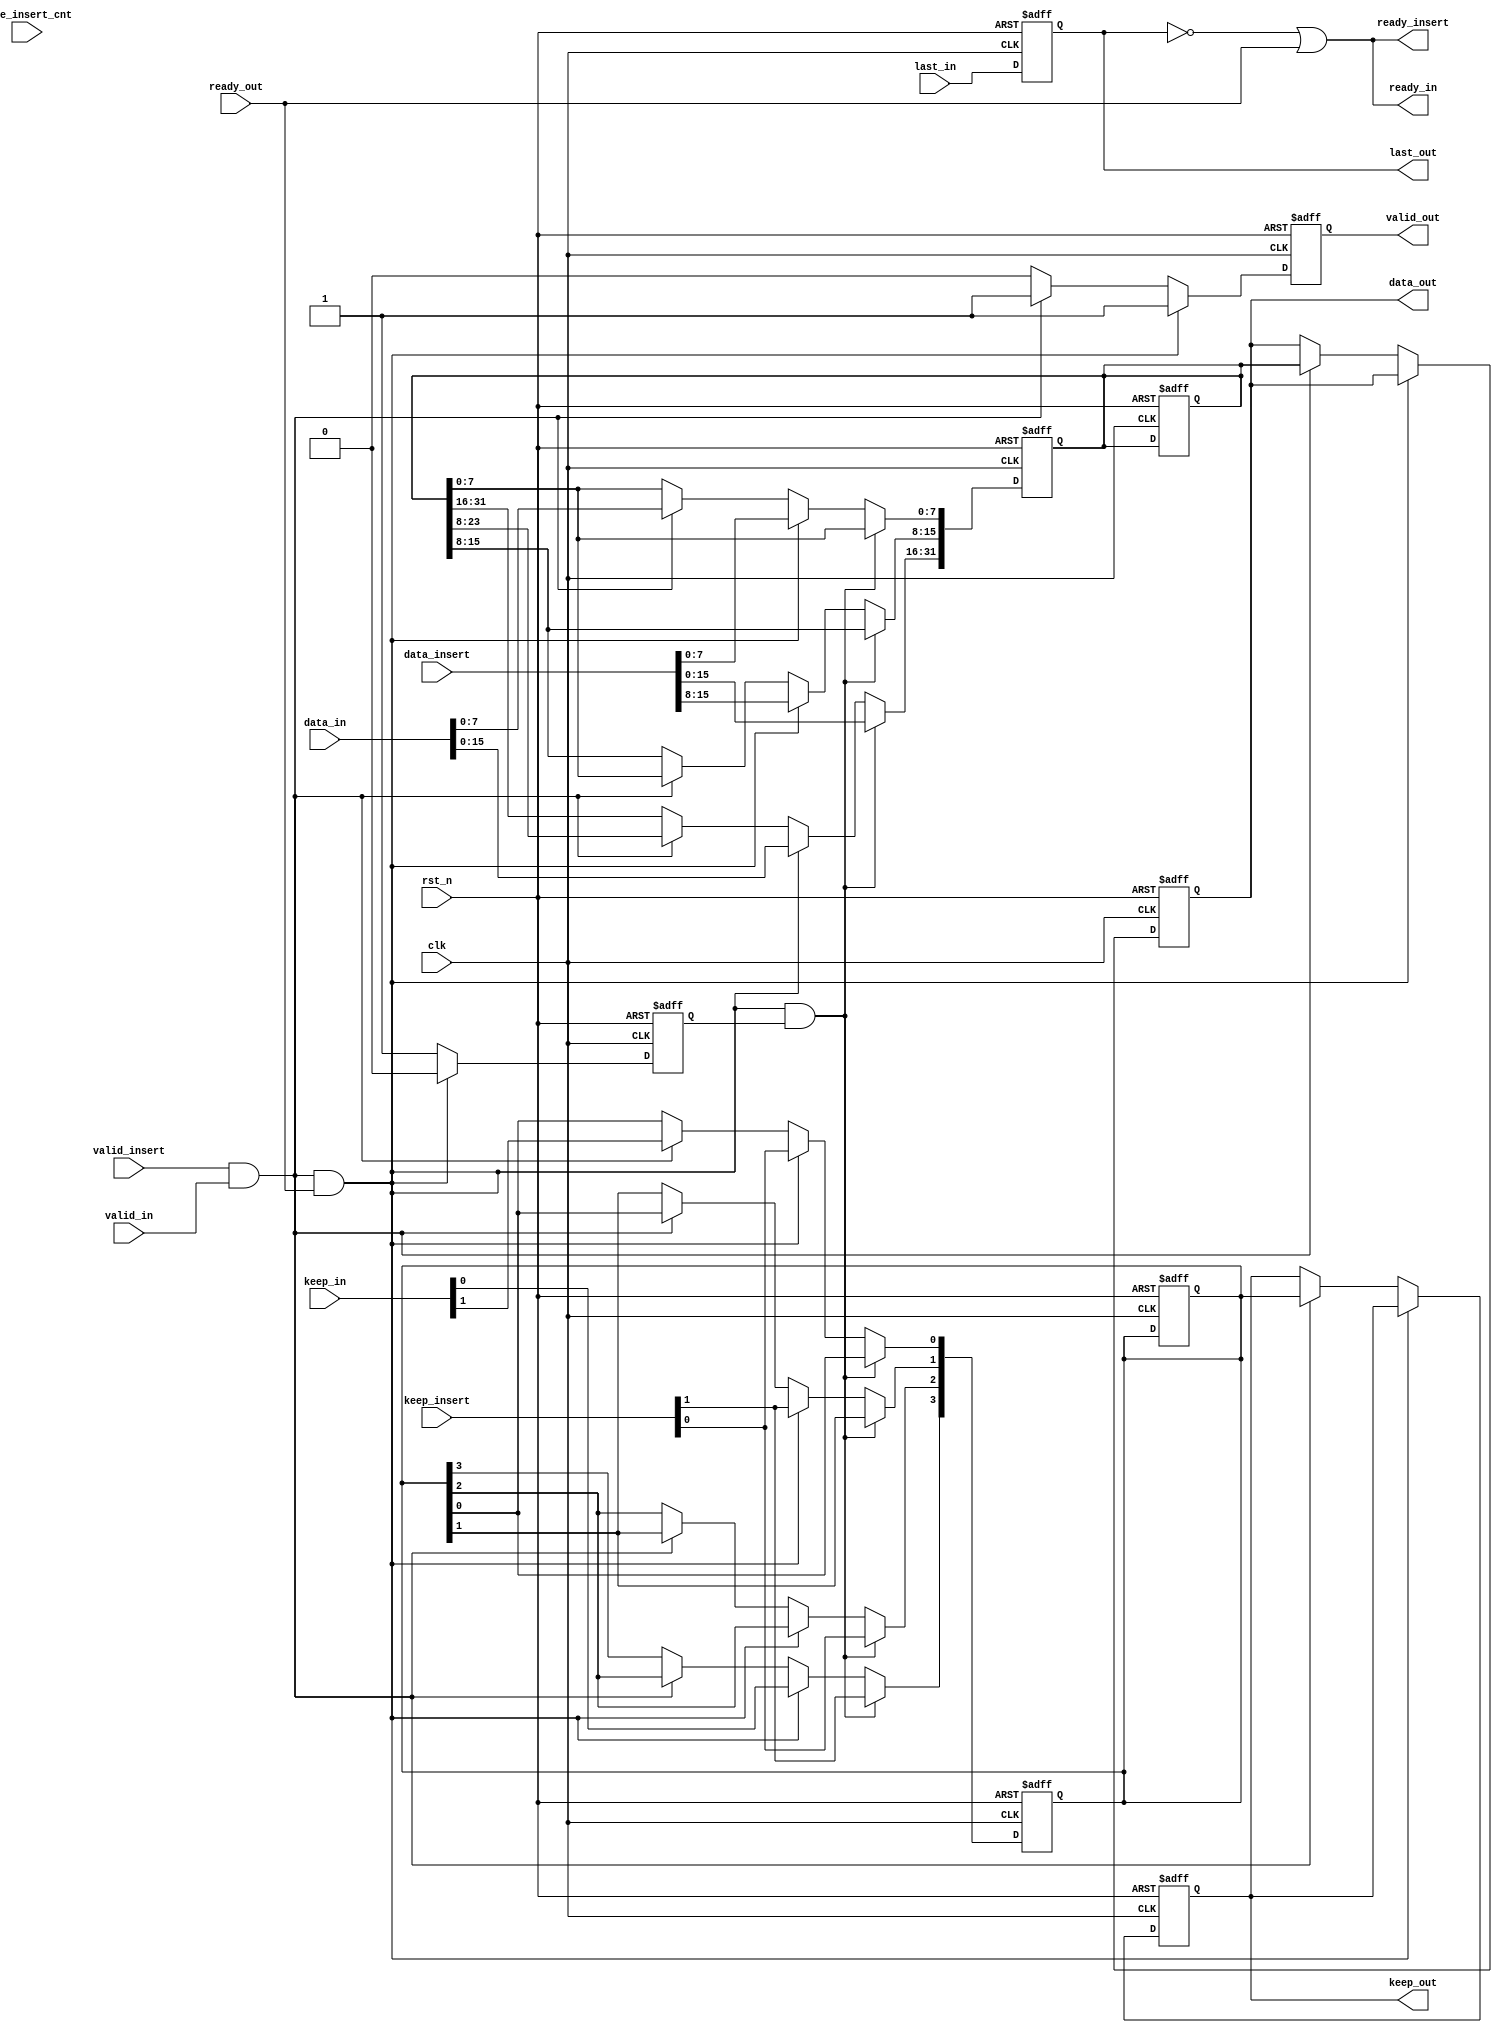
module axi_stream_insert_header #(
parameter DATA_WD = 32,
parameter DATA_BYTE_WD = DATA_WD / 8,
parameter BYTE_CNT_WD = $clog2(DATA_BYTE_WD)
) (
input clk,
input rst_n,
// AXI Stream input original data
input valid_in,
input [DATA_WD-1 : 0] data_in,
input [DATA_BYTE_WD-1 : 0] keep_in,
input last_in,
output ready_in,
// AXI Stream output with header inserted
output valid_out,
output [DATA_WD-1 : 0] data_out,
output [DATA_BYTE_WD-1 : 0] keep_out,
output last_out,
input ready_out,
// The header to be inserted to AXI Stream input
input valid_insert,
input [DATA_WD-1 : 0] data_insert,
input [DATA_BYTE_WD-1 : 0] keep_insert,
input [BYTE_CNT_WD-1 : 0] byte_insert_cnt,
output ready_insert
);
// Your code here
reg [DATA_WD-1:0] shift_reg;
reg [DATA_BYTE_WD-1:0] shift_keep;
reg first_cycle;
reg valid_out_reg;
reg [DATA_WD-1 : 0] data_out_reg;
reg [DATA_BYTE_WD-1 : 0] keep_out_reg;
reg last_out_reg;

localparam integer BYTE_CNT_WD_CONST = BYTE_CNT_WD;

always @(posedge clk or negedge rst_n) begin
    first_cycle = 1;
    if (~rst_n) begin
        shift_reg <= '0;
        shift_keep <= '0;
        valid_out_reg <= '0;
        data_out_reg <= '0;
        keep_out_reg <= '0;
        last_out_reg <= '0;
        first_cycle <= 1'b1;
    end else begin
        if (valid_insert && valid_in && ready_out && first_cycle) begin
            first_cycle <= 1'b0;
            valid_out_reg <= 1;
        end else if (valid_insert && valid_in && ready_out) begin
            valid_out_reg <= 1'b1;
        end else if (valid_insert && valid_in) begin
            valid_out_reg <= 1;
            data_out_reg <= shift_reg;
            keep_out_reg <= shift_keep[DATA_BYTE_WD-1 : 0];
        end
        else begin
            valid_out_reg <= 0;
        end
        // set last signal
        last_out_reg <= last_in;
    end
end

always @(posedge clk or negedge rst_n) begin
	if (~rst_n) begin
		shift_reg <= '0;
        shift_keep <= '0;
	end else begin
        if (valid_insert && valid_in && ready_out && first_cycle) begin
			shift_reg[DATA_WD-1 : BYTE_CNT_WD_CONST*8] <= data_insert;
            shift_keep[DATA_BYTE_WD-1 : BYTE_CNT_WD] <= keep_insert;
		end else if (valid_insert && valid_in && ready_out) begin
			shift_reg[BYTE_CNT_WD_CONST*8 - 1 : 0] <= data_insert[BYTE_CNT_WD_CONST*8 - 1 : 0];
            shift_reg[DATA_WD-1 : BYTE_CNT_WD_CONST*8] <= data_in;
            shift_keep[BYTE_CNT_WD-1 : 0] <= keep_insert[BYTE_CNT_WD-1 : 0];
            shift_keep[DATA_BYTE_WD-1 : BYTE_CNT_WD+1] <= keep_in;
		end else if (valid_insert && valid_in) begin
			shift_reg[DATA_WD-1 : 8] <= shift_reg[DATA_WD-9 : 0];
            shift_keep[DATA_BYTE_WD-1 : 1] <= shift_keep[DATA_BYTE_WD-2 : 0];
            shift_reg[7:0] <= data_in;
            shift_keep[0] <= keep_in[BYTE_CNT_WD-1];
		end
	end
end
	
	
	
	
assign ready_in = ~last_out_reg || ready_out;
assign ready_insert = ~last_out_reg || ready_out;
assign valid_out = valid_out_reg;
assign data_out = data_out_reg;
assign keep_out = keep_out_reg;
assign last_out = last_out_reg;

endmodule